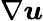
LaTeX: \nabla\boldsymbol{u}